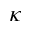
\kappa